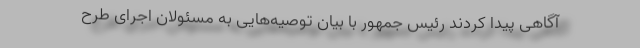
آگاهی پیدا کردند رئیس جمهور با بیان توصیه‌هایی به مسئولان اجرای طرح